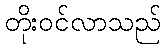
တိုးဝင်လာသည်